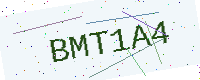
Text: BMT1A4